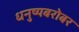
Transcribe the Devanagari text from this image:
धनुष्यबरोबर